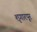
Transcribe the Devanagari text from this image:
शृगारपूर